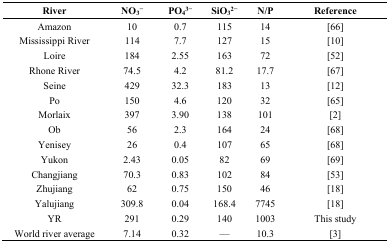
<table><thead><tr><td><b>River</b></td><td><b>NO<sub>3</sub><sup>−</sup></b></td><td><b>PO<sub>4</sub><sup>3−</sup></b></td><td><b>SiO<sub>3</sub><sup>2−</sup></b></td><td><b>N/P</b></td><td><b>Reference</b></td></tr></thead><tbody><tr><td>Amazon</td><td>10</td><td>0.7</td><td>115</td><td>14</td><td>[66]</td></tr><tr><td>Mississippi River</td><td>114</td><td>7.7</td><td>127</td><td>15</td><td>[10]</td></tr><tr><td>Loire</td><td>184</td><td>2.55</td><td>163</td><td>72</td><td>[52]</td></tr><tr><td>Rhone River</td><td>74.5</td><td>4.2</td><td>81.2</td><td>17.7</td><td>[67]</td></tr><tr><td>Seine</td><td>429</td><td>32.3</td><td>183</td><td>13</td><td>[12]</td></tr><tr><td>Po</td><td>150</td><td>4.6</td><td>120</td><td>32</td><td>[65]</td></tr><tr><td>Morlaix</td><td>397</td><td>3.90</td><td>138</td><td>101</td><td>[2]</td></tr><tr><td>Ob</td><td>56</td><td>2.3</td><td>164</td><td>24</td><td>[68]</td></tr><tr><td>Yenisey</td><td>26</td><td>0.4</td><td>107</td><td>65</td><td>[68]</td></tr><tr><td>Yukon</td><td>2.43</td><td>0.05</td><td>82</td><td>69</td><td>[69]</td></tr><tr><td>Changjiang</td><td>70.3</td><td>0.83</td><td>102</td><td>84</td><td>[53]</td></tr><tr><td>Zhujiang</td><td>62</td><td>0.75</td><td>150</td><td>46</td><td>[18]</td></tr><tr><td>Yalujiang</td><td>309.8</td><td>0.04</td><td>168.4</td><td>7745</td><td>[18]</td></tr><tr><td>YR</td><td>291</td><td>0.29</td><td>140</td><td>1003</td><td>This study</td></tr><tr><td>World river average</td><td>7.14</td><td>0.32</td><td>—</td><td>10.3</td><td>[3]</td></tr></tbody></table>